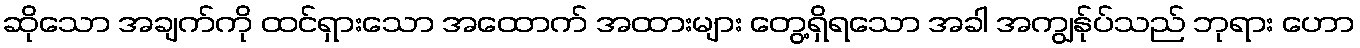
ဆိုသော အချက်ကို ထင်ရှားသော အထောက် အထားများ တွေ့ရှိရသော အခါ အကျွန်ုပ်သည် ဘုရား ဟော